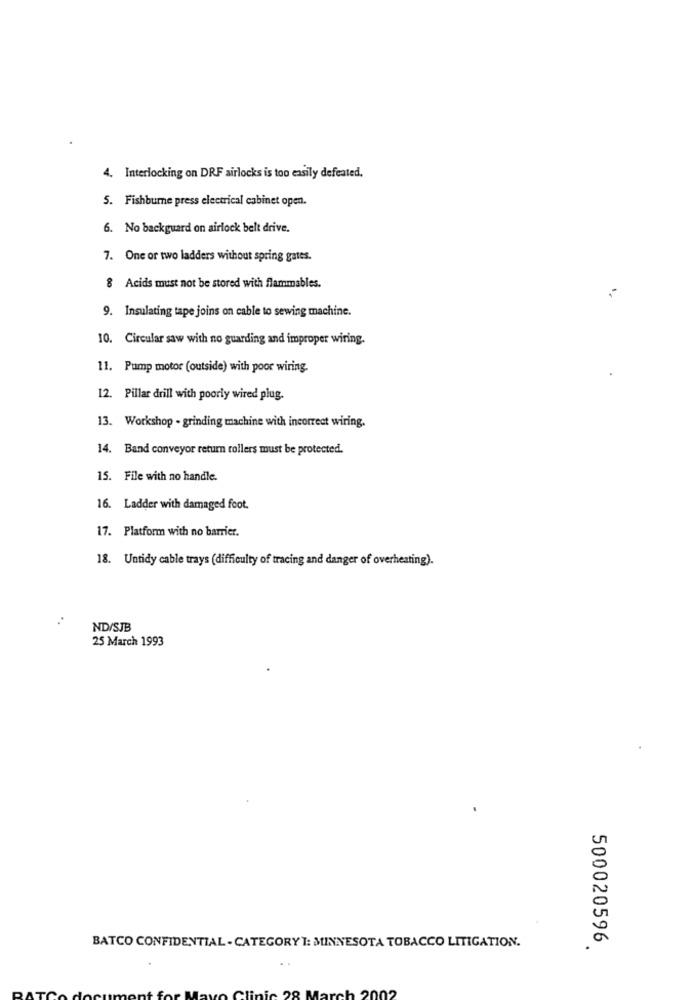
4. Interlocking on DRF airlocks is too easily defeated.
5. Fishburne press electrical cabinet open.
6. No backguard on airlock belt drive.
7. One or two ladders without spring gates.
8 Acids must not be stored with flammables.
9. Insulating tape joins on cable to sewing machine.
10. Circular saw with no guarding and improper wiring.
11. Pump motor (outside) with poor wiring.
12. Pillar drill with poorly wired plug.
13. Workshop - grinding machine with incorrect wiring.
14. Band conveyor return rollers must be protected.
15. File with no handle.
16. Ladder with damaged foot.
17. Platform with no barrier.
18. Untidy cable trays (difficulty of tracing and danger of overheating).
ND/SJB
25 March 1993
BATCO CONFIDENTIAL - CATEGORY T: MINNESOTA TOBACCO LITIGATION.
500020596